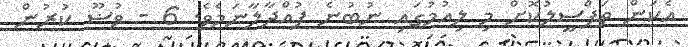
އެކަން ތަފްޞީލުކޮށް މި ލިއުމުގައި ނުބުނެ ފުއްދާލާނަމެވެ. 6 - ވުޟޫ ކުރުން